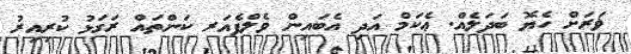
ޥަރަށް ހެޔޮ ބަދަލެއް. ޢެކަމް އަދި އެބައިން ވެލްފެއަރ ކަންތައް ރަގަޅު ކުރިއިރު